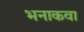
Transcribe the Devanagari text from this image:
भनाकवा